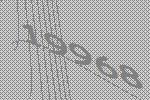
19968